Civil Veterinary Department Bihar reports 1940-50 - 1940-1950
Year: 1940
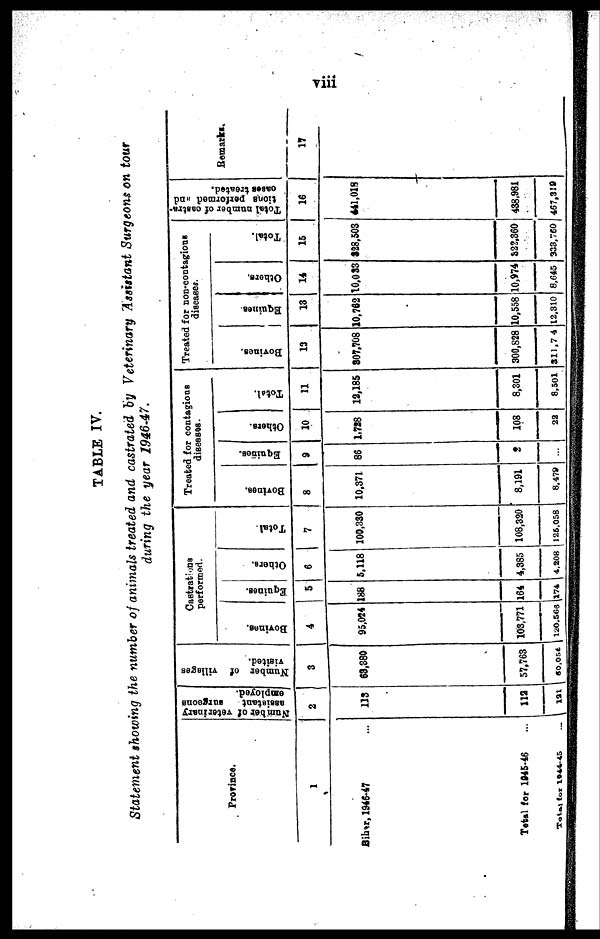
viii
TABLE IV.
Statement showing the number of animals treated and castrated by Veterinary Assistant Surgeons on tour
during the year 1946-47.
Province.
1
Bihar, 1946-47 ...
Total for 1045-46 ...
Total for 1944-45 ...
Number of veterinary
assistant
surgeons
employed.
2
113
112
121
Number of villages
visited.
3
63,380
57,763
60,054
Castrations
performed.
Bovines.
4
95,024
103,771
120,568
Equines.
5
188
164
174
Others.
6
5,118
4,385
4,208
Total
7
100,330
108,320
126,058
Treated for contagious
diseases.
Bovines.
8
10,371
8,191
8,478
Equines.
9
86
2
...
Others.
10
1,728
108
22
Total.
11
12,185
8,301
8,501
Treated for non-contagious
diseases.
Bovines.
13
307,708
300,828
311,74
Equines.
13
10,762
10,558
12,310
Others,
14
10,033
10,974
8,645
Total.
14
328,503
322,360
333,760
Total number of castra-
tions performed and
cases treated.
16
441,018
438,981
467,319
Remarks.
17